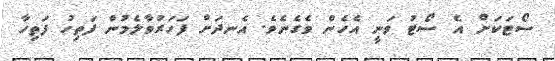
ސޯޓަކަށް އެ ސޯޓު ވަނީ އެހެން ވެގެނެވެ. އެނދަށް ފަހަރުވާލެމުން ފަތިހު ފަތިހާ